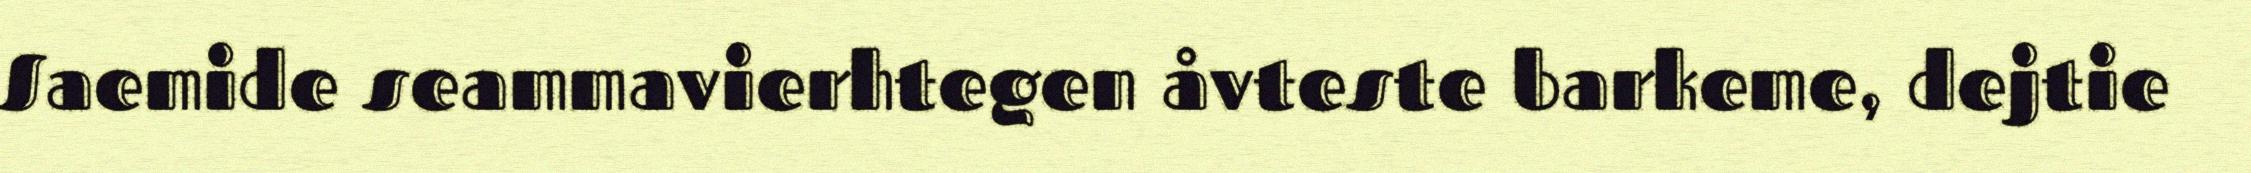
Saemide seammavierhtegen åvteste barkeme, dejtie